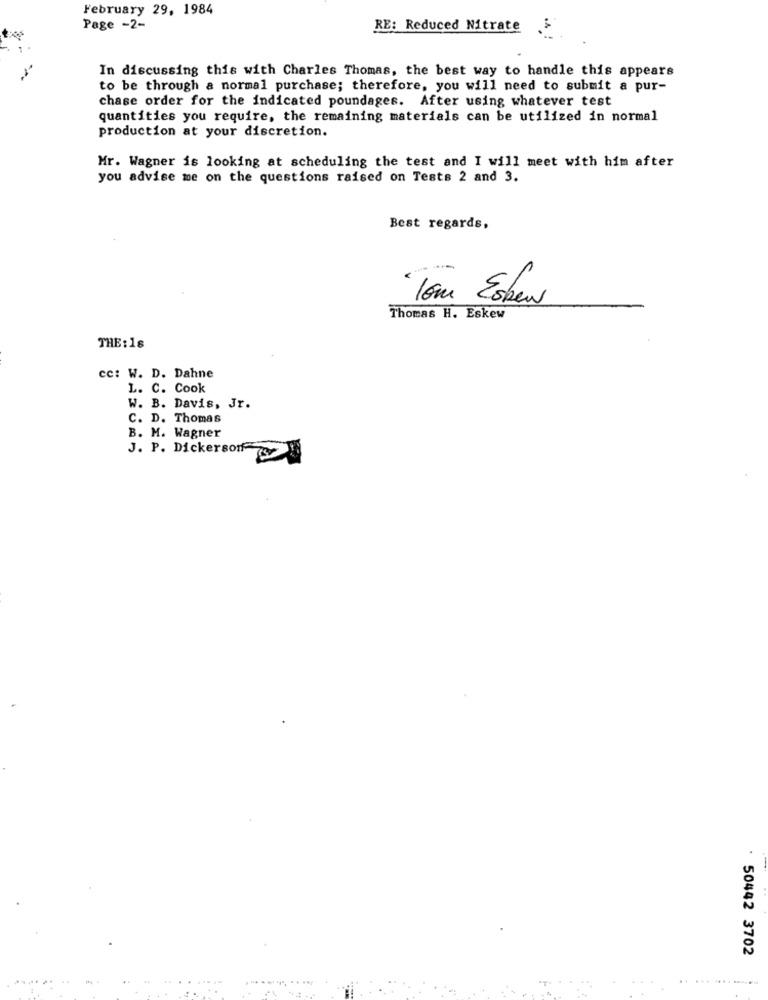
February 29, 1984
Page -2-
RE: Reduced Nitrate
In discussing this with Charles Thomas, the best way to handle this appears
to be through a normal purchase; therefore, you will need to submit a pur-
chase order for the indicated poundages. After using whatever test
quantities you require, the remaining materials can be utilized in normal
production at your discretion.
Mr. Wagner is looking at scheduling the test and I will meet with him after
you advise me on the questions raised on Tests 2 and 3.
Best regards,
<---
Tom Esben
Thomas H. Eskew
THE : 18
cc: W. D. Dahne
L. C. Cook
W. B. Davis, Jr.
C. D. Thomas
B. M. Wagner
J. P. Dickersonf
. 50442 3702
..........
. .........